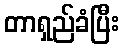
တာရှည်ခံပြီး